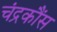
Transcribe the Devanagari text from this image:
चंद्रकौंस